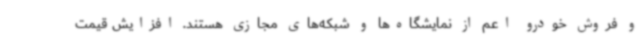
و فروش خودرو اعم از نمایشگاه‌ها و شبکه‌های مجازی هستند. افزایش قیمت